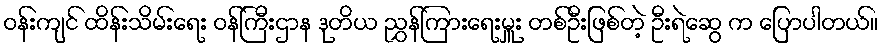
ဝန်းကျင် ထိန်းသိမ်းရေး ဝန်ကြီးဌာန ဒုတိယ ညွှန်ကြားရေးမှူး တစ်ဦးဖြစ်တဲ့ ဦးရဲဆွေ က ပြောပါတယ်။